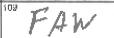
Transcription: FAW